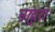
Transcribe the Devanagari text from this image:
नादुरा